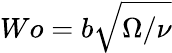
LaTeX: Wo=b\sqrt{\Omega/\nu}